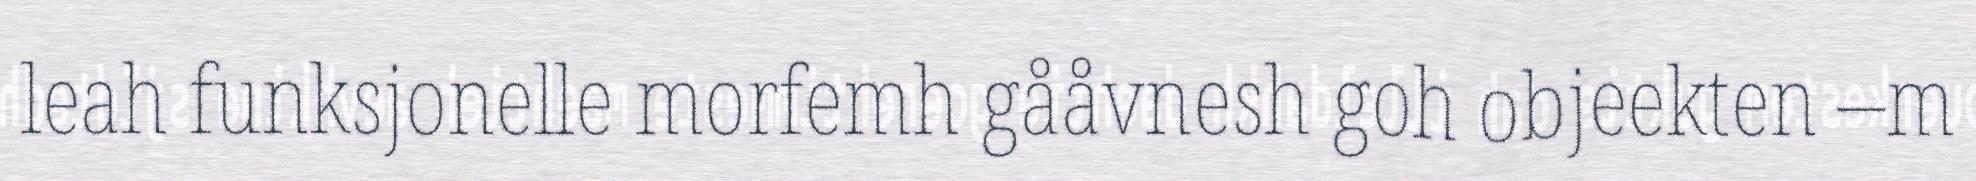
leah funksjonelle morfemh gååvnesh goh objeekten –m